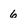
Character: 6